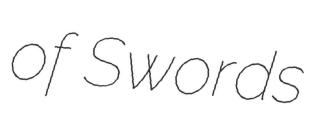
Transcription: of Swords